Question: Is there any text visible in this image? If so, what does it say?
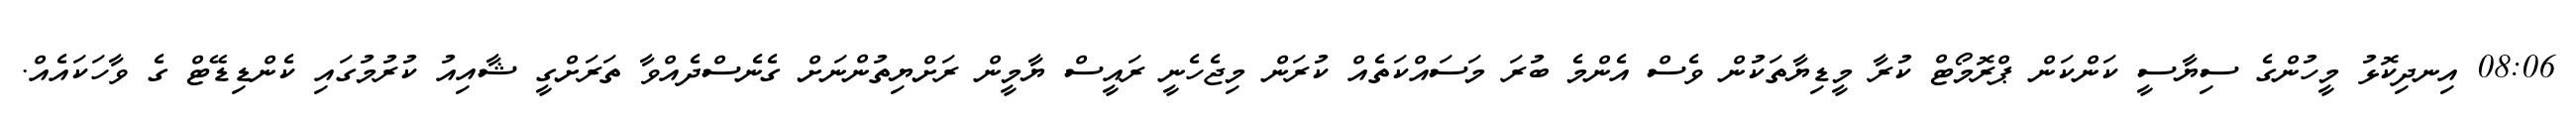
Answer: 08:06 އިނދިކޮޅު މީހުންގެ ސިޔާސީ ކަންކަން ޕްރޮމޯޓް ކުރާ މީޑިޔާތަކުން ވެސް އެންމެ ބުރަ މަސައްކަތެއް ކުރަން މިޖެހެނީ ރައީސް ޔާމީން ރަށްޔިތުންނަށް ގެނެސްދެއްވާ ތަރަށްގީ ޝާއިއު ކުރުމުގައި ކެންޑިޑޭޓް ގެ ވާހަކައެއް.